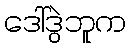
ဒေါ်ဒွဲဘူက